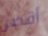
أقصر